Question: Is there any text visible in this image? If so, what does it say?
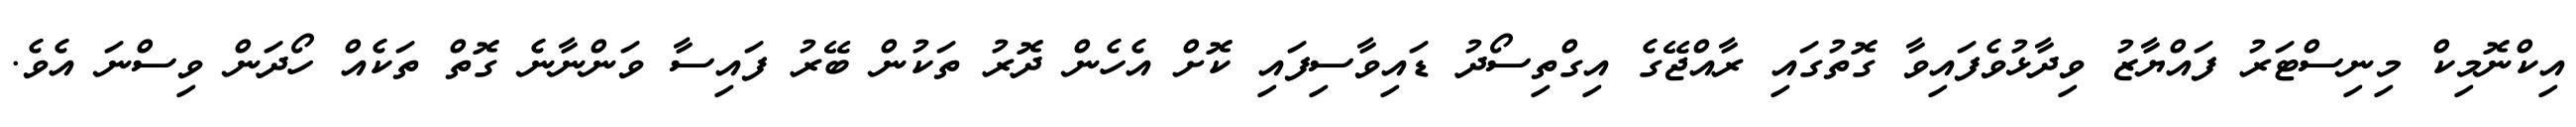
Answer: އިކްނޮމިކް މިނިސްޓަރު ފައްޔާޒު ވިދާޅުވެފައިވާ ގޮތުގައި ރާއްޖޭގެ އިގްތިސޯދު ޑައިވާސިފައި ކޮށް އެހެން ދޮރު ތަކުން ބޭރު ފައިސާ ވަންނާނެ ގޮތް ތަކެއް ހޯދަން ވިސްނަ އެވެ.